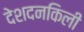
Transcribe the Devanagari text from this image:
देशदनकिली